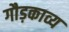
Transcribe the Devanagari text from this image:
गौड़काव्य